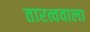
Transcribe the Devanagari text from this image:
तारत्ववाला